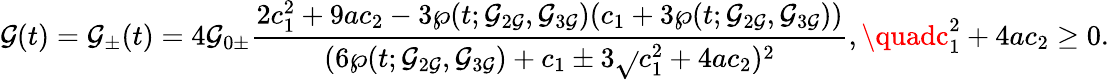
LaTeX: \mathcal{G}(t)=\mathcal{G}_{\pm}(t)=4\mathcal{G}_{0\pm}\frac{{2c_{1}^{2}+9ac_{2}-3\wp(t;\mathcal{G}_{2\mathcal{G}},\mathcal{G}_{3\mathcal{G}})(c_{1}+3\wp(t;\mathcal{G}_{2\mathcal{G}},\mathcal{G}_{3\mathcal{G}}))}}{{(6\wp(t;\mathcal{G}_{2\mathcal{G}},\mathcal{G}_{3\mathcal{G}})+c_{1}\pm3\sqrt{}{{c_{1}^{2}+4ac_{2}}})^{2}}},\quadc_{1}^{2}+4ac_{2}\ge0.